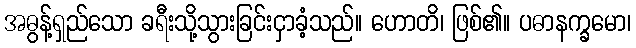
အဓွန့်ရှည်သော ခရီးသို့သွားခြင်းငှာခံ့သည်။ ဟောတိ၊ ဖြစ်၏။ ပဓာနက္ခမော၊